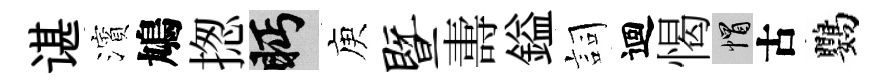
谌濱鳩揔眄庾暨夀鎰詞迴愒帽古鸚